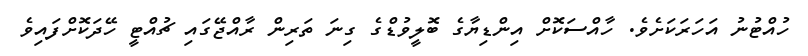
ހުއްޓުނު އަހަރަކަށެވެ. ހާއްސަކޮށް އިންޑިޔާގެ ބޮލީވުޑްގެ ގިނަ ތަރިން ރާއްޖޭގައި ޗުއްޓީ ހޭދަކޮށްފައިވެ